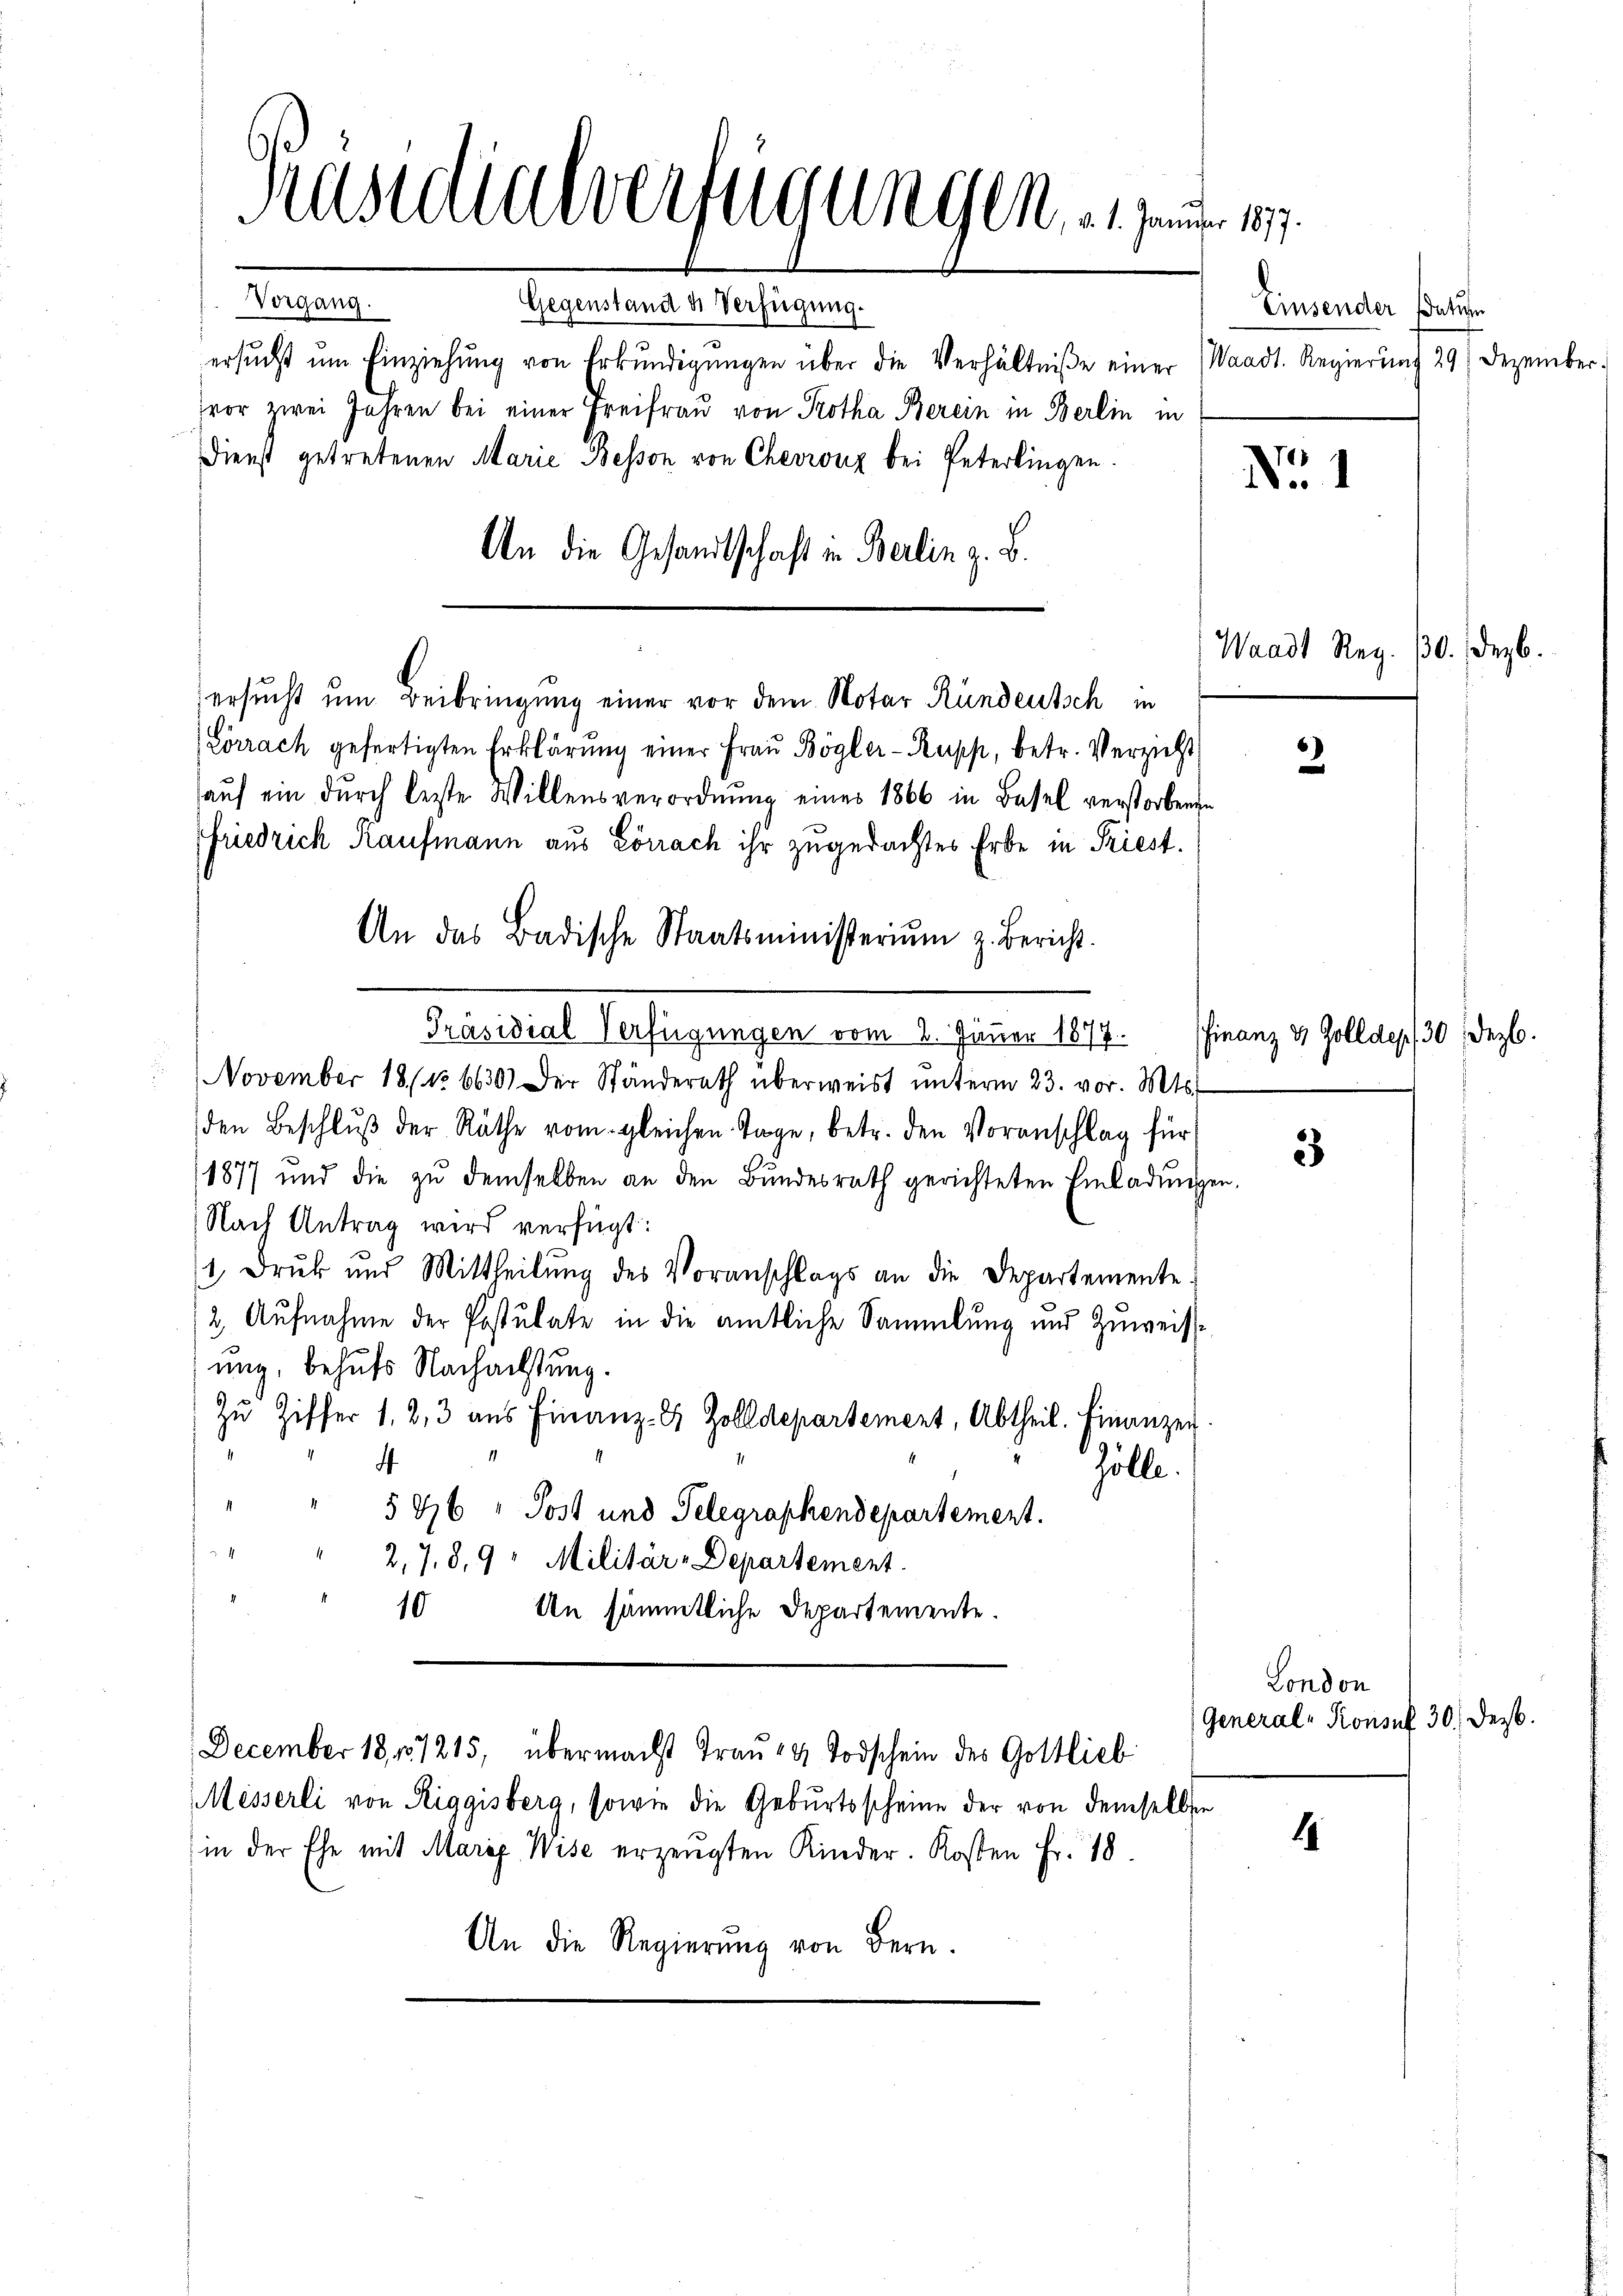
Kasteralverfügungen, an seiner 1879.
Vorgang.
Gegenstand die Verfügung.
ersŭcht ŭm Einziehŭng von Erkŭndigŭngen über die Verhältniße einer Waadt. Regierŭng 29. Dezember.

hor zwei Jahren bei einer Freifraŭ von Protha Berein in Berlin in
Dienst getretenen Marie Besson von Chevinz bei Peterlingen.
An die Gesandtschaft in Berlin z. B.
Lörrach gefertigten Erklärung einer Frau Bögler-Kupp, betr. Verzicht
auf ein durch beste Willensverordnung eines 1866 in Basel verstorbenen
Friedrich Kaufmann aus Lonach ihr zugedachtes Erbe in Priest.
An das Badische Staatsministeriŭm z. Bericht.
Präsidial-Verfügungen vom 2. Jänner 1877.
November 1811 6630) Der Ständerath überweist ŭnterm 23. vor. Mts.
den Beschlŭβ der Räthe vom gleichen Tage, betr. den Voranschlag für
1877 und die zu demselben an den Bundesrath gerichteten Einladun
Nach Antrag wird verfügt:
1, Druck und Mittheilŭng des Voranschlags an die Departemente
2. Aufnahme der Postulate in die amtliche Sammlung und Zuweiung, behufs Nachachstung.
Zu Ziffer 1, 2, 3 aus Finanz-S Zolldepartement, Abtheil. Finanzen
.
1
4
Zölle.
§ 86 " Post und Telegraphendepartement.
2,7,8,9 " Militär-Departement.
10 An sämmtliche Departemente.
December 18101215, übermacht Trau- & Todschein des Gottlieb
Messerli von Riggisberg, sowie die Geburtsscheine der von demselben
in der Ehe mit Marie Wise erzeugten Kinder. Kosten Fr. 18.
An die Regierŭng von Bern.

ersucht um Beibringung einer vor dem Notar Rundeutsch in

Einsender datum

Waadt Reg. 30. Dezb.

Finanz & Zolldep, 30 Dez.

sen.

No. 1

3

3

1

London
(General-Konsul 30. Dez.